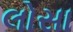
લોસા